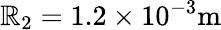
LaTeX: \mathbb{R}_{2}=1.2\times10^{-3}\mathrm{{m}}